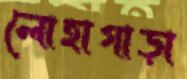
লোহাগাড়া